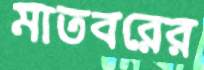
মাতবরের